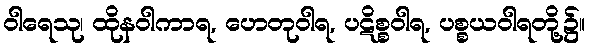
ဝါရေသု၊ ထိုနဝါကာရ, ဟေတုဝါရ, ပဋိစ္စဝါရ, ပစ္စယဝါရတို့၌။